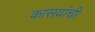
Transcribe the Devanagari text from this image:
कासवांची